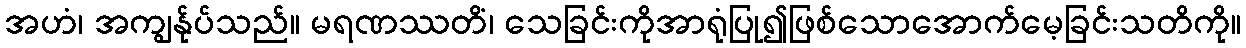
အဟံ၊ အကျွန်ုပ်သည်။ မရဏဿတိံ၊ သေခြင်းကိုအာရုံပြု၍ဖြစ်သောအောက်မေ့ခြင်းသတိကို။